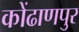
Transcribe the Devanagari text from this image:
कोंढाणपुर